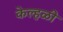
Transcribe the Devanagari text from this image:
केल्हळी